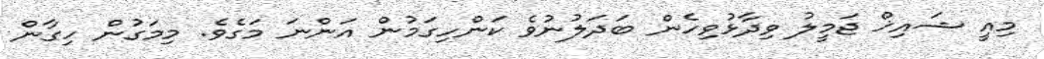
މިއީ ޝައިޚް ޖަމީލު ވިދާޅުވިހެން ބަދަލުނުވެ ކަންހިގަމުން އަންނަ މަގެވެ. މިމަގުން ހިގާން